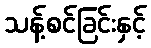
သန့်စင်ခြင်းနှင့်